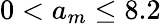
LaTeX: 0<a_{m}\le 8.2